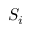
S _ { i }